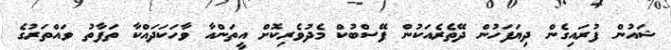
ޝައުން ފުރައިގެން ދިޔަފަހުން ދޭތެރެއަކުން ފޭސްބުކް މެދުވެރިކޮށް އީތަންއާ ވާހަކަދައްކާ ތަފާތު ވައްތަރުގެ